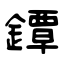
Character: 鐔